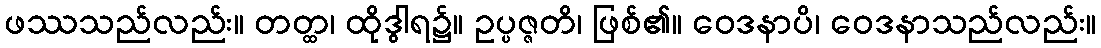
ဖဿသည်လည်း။ တတ္ထ၊ ထိုဒွါရ၌။ ဥပ္ပဇ္ဇတိ၊ ဖြစ်၏။ ဝေဒနာပိ၊ ဝေဒနာသည်လည်း။